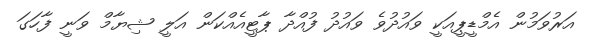
އަރުވަމުން އެމްޑީޕީއަކީ ވައުދުވެ ވައުދު ފުއްދާ ޕާޓީއެއްކަން އަލީ ޝިޔާމް ވަނީ ފާހަގަ